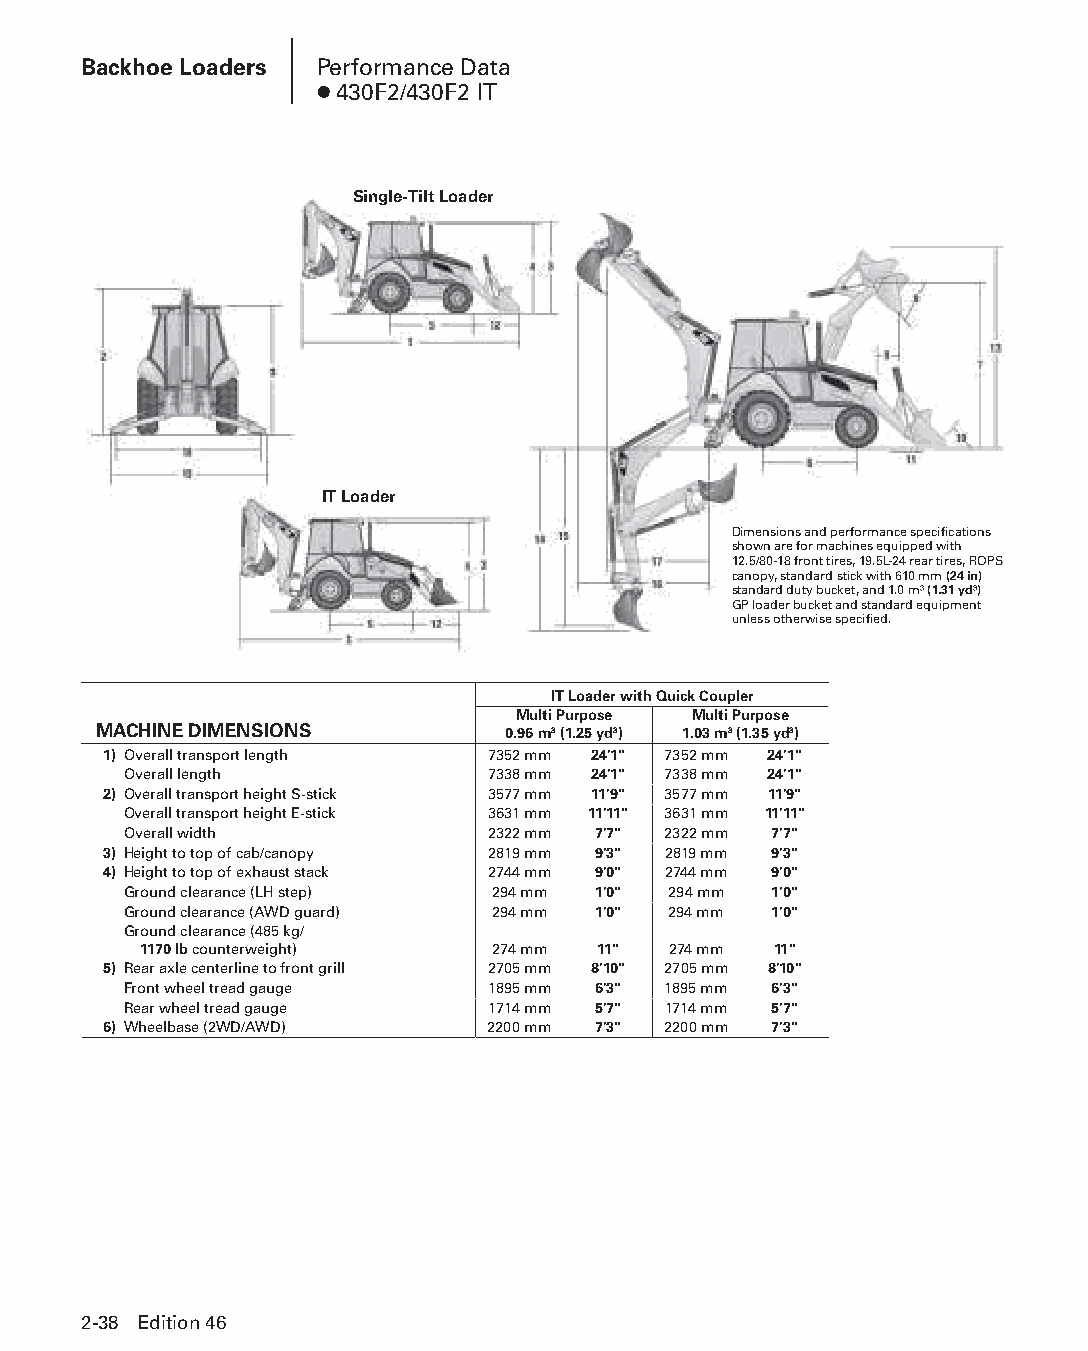
Backhoe Loaders Performance Data
 ● 430F2/430F2 IT
 Single-Tilt Loader
 IT Loader
 Dimensions and performance specifications
 shown are for machines equipped with
 12.5/80-18 front tires, 19.5L-24 rear tires, ROPS
 canopy, standard stick with 610 mm (24 in)
 standard duty bucket, and 1.0 m3 (1.31 yd3)
 GP loader bucket and standard equipment
 unless otherwise specified.
 IT Loader with Quick Coupler
 Multi Purpose Multi Purpose
 MACHINE DIMENSIONS         0.96 m3 (1.25 yd3) 1.03 m3 (1.35 yd3)
 1) Overall transport length 7352 mm 24'1" 7352 mm 24'1"
 Overall length          7338 mm 24'1" 7338 mm 24'1"
 2) Overall transport height S-stick 3577 mm 11'9" 3577 mm 11'9"
 Overall transport height E-stick 3631 mm 11'11" 3631 mm 11'11"
 Overall width           2322 mm 7'7" 2322 mm 7'7"
 3) Height to top of cab/canopy 2819 mm 9'3" 2819 mm 9'3"
 4) Height to top of exhaust stack 2744 mm 9'0" 2744 mm 9'0"
 Ground clearance (LH step) 294 mm 1'0" 294 mm 1'0"
 Ground clearance (AWD guard) 294 mm 1'0" 294 mm 1'0"
 Ground clearance (485 kg/
 1170 lb counterweight) 274 mm 11"  274 mm 11"
 5) Rear axle centerline to front grill 2705 mm 8'10" 2705 mm 8'10"
 Front wheel tread gauge 1895 mm 6'3" 1895 mm 6'3"
 Rear wheel tread gauge  1714 mm 5'7" 1714 mm 5'7"
 6) Wheelbase (2WD/AWD)    2200 mm 7'3" 2200 mm 7'3"
 2-38 Edition 46
 PPHHBB--SSeecc0022--1166..iinndddd 3388                        1122//44//1155 1100::2255 AAMM